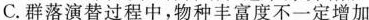
C.群落演替过程中，物种丰富度不一定增加